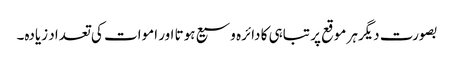
بصورت دیگرہر موقع پر تباہی کا دائرہ وسیع ہوتا اور اموات کی تعداد زیادہ۔